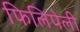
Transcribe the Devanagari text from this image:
फिलिपेली